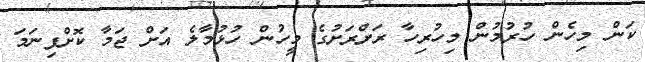
ކަން މިހެން ހުރުމުން މިހުރިހާ ރަށްރަށުގެ މީހުން ހުޅުމާލެ އަށް ޖަމާ ކޮށްފިނަމަ